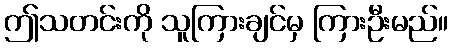
ဤသတင်းကို သူကြားချင်မှ ကြားဦးမည်။